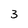
Character: 3